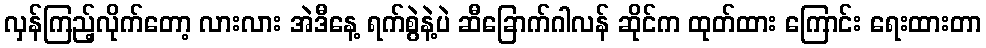
လှန်ကြည့်လိုက်တော့ လားလား အဲဒီနေ့ ရက်စွဲနဲ့ပဲ ဆီခြောက်ဂါလန် ဆိုင်က ထုတ်ထား ကြောင်း ရေးထားတာ